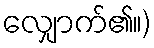
လျှောက်၏။)